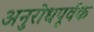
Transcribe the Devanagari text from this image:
अनुरोधपूर्वक